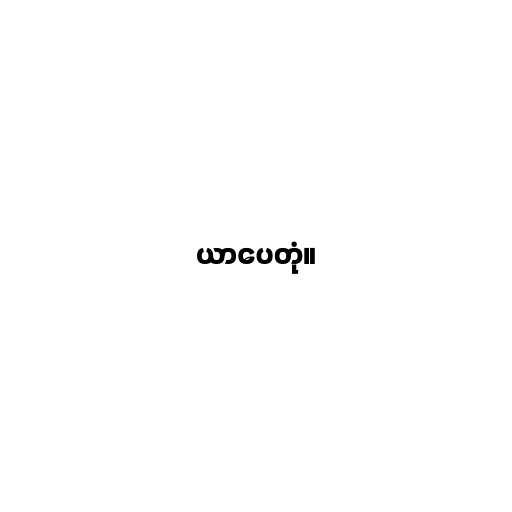
ယာပေတုံ။